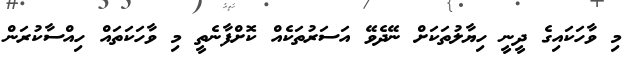
މި ވާހަކައިގެ ދީނީ ހިޔާލުތަަކަށް ނޭދެވޭ އަސަރުތަކެއް ކޮށްފާނެތީ މި ވާހަކަތައް ހިއްސާކުރަން